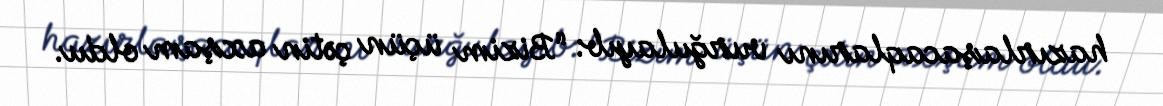
hazırlaşacaqlarını vurğulayıb: “Bizim üçün çətin axşam oldu.